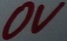
Text: 0V